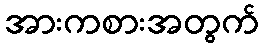
အားကစားအတွက်